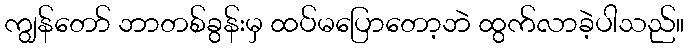
ကျွန်တော် ဘာတစ်ခွန်းမှ ထပ်မပြောတော့ဘဲ ထွက်လာခဲ့ပါသည်။